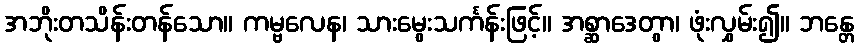
အဘိုးတသိန်းတန်သော။ ကမ္ဗလေန၊ သားမွေးသင်္ကန်းဖြင့်။ အစ္ဆာဒေတွာ၊ ဖုံးလွှမ်း၍။ ဘန္တေ